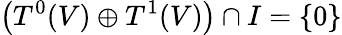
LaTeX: \left(T^{0}(V)\oplus T^{1}(V)\right)\cap I=\{ 0\}